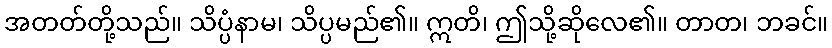
အတတ်တို့သည်။ သိပ္ပံနာမ၊ သိပ္ပမည်၏။ ဣတိ၊ ဤသို့ဆိုလေ၏။ တာတ၊ ဘခင်။